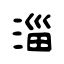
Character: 淄